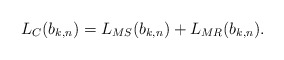
\begin{align*}L_C(b_{k,n}) = L_{MS}(b_{k,n}) + L_{MR} (b_{k,n}). \end{align*}